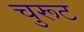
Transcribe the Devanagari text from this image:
चुरूट